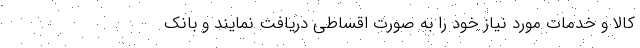
کالا و خدمات مورد نیاز خود را به صورت اقساطی دریافت نمایند و بانک